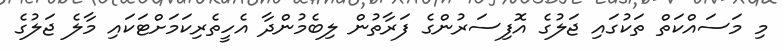
މި މަސައްކަތް ތަކުގައި ޖަލުގެ އޮފިސަރުންގެ ފަރާތުން ލިބެމުންދާ އެހީތެރިކަމަށްޓަކައި މާލެ ޖަލުގެ